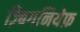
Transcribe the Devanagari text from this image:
ज़्बिगनियेफ़